Punjab Mental Hospital Lahore 1932-46 - 1932-1946
Year: 1932
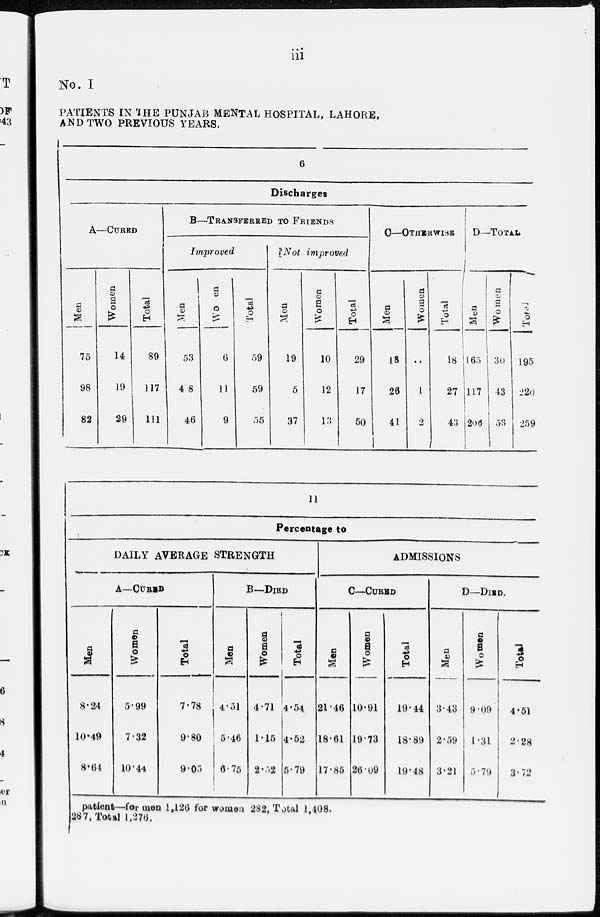
iii
No. I
PATIENTS IN THE PUNJAB MENTAL HOSPITAL, LAHORE,
AND TWO PREVIOUS YEARS.
6
Discharges
A—CURED
Men
75
98
82
Women
14
19
29
Total
89
117
111
B—TRANSFERRED TO FRIENDS
Improved
Men
53
48
46
Women
6
11
9
Total
59
59
55
Not improved
Men
19
5
37
Women
10
12
13
Total
29
17
50
C—OTHERWISE
Men
18
26
41
Women
..
1
2
Total
18
27
43
D—TOTAL
Men
165
177
206
Women
30
43
53
Total
195
220
259
11
Percentage to
DAILY AVERAGE STRENGTH
A—CURED
Men
8.24
10.49
8.64
Women
5.99
7.32
10.44
Total
7.78
9.80
9.05
B—DIED
Men
4.51
5.46
6.75
Women
4.71
1.15
2.52
Total
4.54
4.52
5.79
ADMISSIONS
C—CURED
Men
21.46
18.61
17.85
Women
10.91
19.73
26.09
Total
19.44
18.89
19.48
D—DIED.
Men
3.43
2.59
3.21
Women
9.09
1.31
5.79
Total
4.51
2.28
3.72
patient—for men 1,126 for women 282, Total 1,408.
287, Total 1,276.